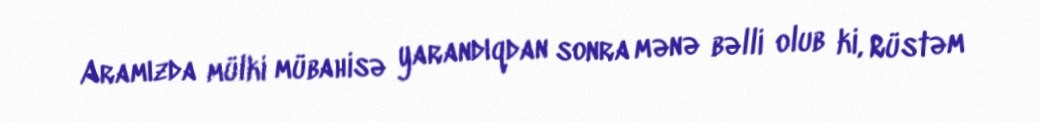
Aramızda mülki mübahisə yarandıqdan sonra mənə bəlli olub ki, Rüstəm